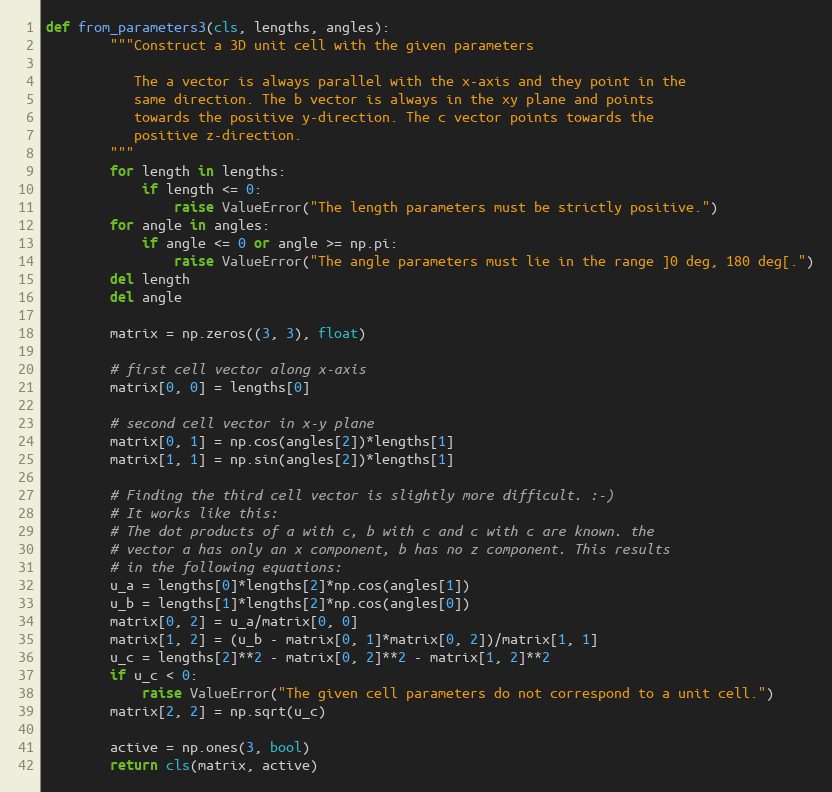
Language: Python
def from_parameters3(cls, lengths, angles):
        """Construct a 3D unit cell with the given parameters

           The a vector is always parallel with the x-axis and they point in the
           same direction. The b vector is always in the xy plane and points
           towards the positive y-direction. The c vector points towards the
           positive z-direction.
        """
        for length in lengths:
            if length <= 0:
                raise ValueError("The length parameters must be strictly positive.")
        for angle in angles:
            if angle <= 0 or angle >= np.pi:
                raise ValueError("The angle parameters must lie in the range ]0 deg, 180 deg[.")
        del length
        del angle

        matrix = np.zeros((3, 3), float)

        # first cell vector along x-axis
        matrix[0, 0] = lengths[0]

        # second cell vector in x-y plane
        matrix[0, 1] = np.cos(angles[2])*lengths[1]
        matrix[1, 1] = np.sin(angles[2])*lengths[1]

        # Finding the third cell vector is slightly more difficult. :-)
        # It works like this:
        # The dot products of a with c, b with c and c with c are known. the
        # vector a has only an x component, b has no z component. This results
        # in the following equations:
        u_a = lengths[0]*lengths[2]*np.cos(angles[1])
        u_b = lengths[1]*lengths[2]*np.cos(angles[0])
        matrix[0, 2] = u_a/matrix[0, 0]
        matrix[1, 2] = (u_b - matrix[0, 1]*matrix[0, 2])/matrix[1, 1]
        u_c = lengths[2]**2 - matrix[0, 2]**2 - matrix[1, 2]**2
        if u_c < 0:
            raise ValueError("The given cell parameters do not correspond to a unit cell.")
        matrix[2, 2] = np.sqrt(u_c)

        active = np.ones(3, bool)
        return cls(matrix, active)